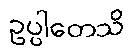
ဥပ္ပါတေသိ